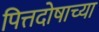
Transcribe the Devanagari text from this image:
पित्तदोषाच्या